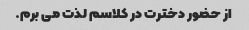
از حضور دخترت در کلاسم لذت می برم.